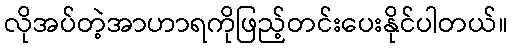
လိုအပ်တဲ့အာဟာရကိုဖြည့်တင်းပေးနိုင်ပါတယ်။